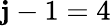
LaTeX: \mathbf{j}-1=4